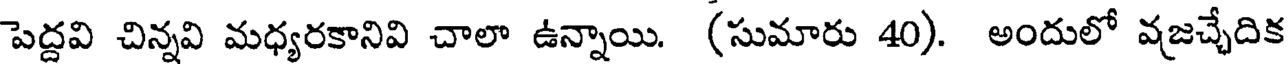
పెద్దవి చిన్నవి మధ్యరకానివి చాలా ఉన్నాయి. (సుమారు 40). అందులో వజచ్చేదిక